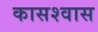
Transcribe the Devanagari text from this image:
कासश्वास